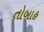
તોબાહ